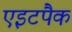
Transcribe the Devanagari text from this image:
एइटपैक